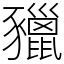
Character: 䝓